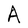
Character: A